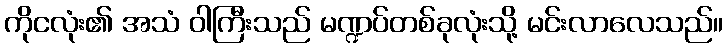
ကိုငလုံး၏ အသံ ဝါကြီးသည် မဏ္ဍပ်တစ်ခုလုံးသို့ မင်းလာလေသည်။